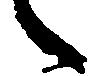
々